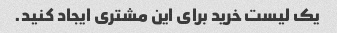
یک لیست خرید برای این مشتری ایجاد کنید.